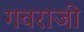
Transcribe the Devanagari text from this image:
गवराजी